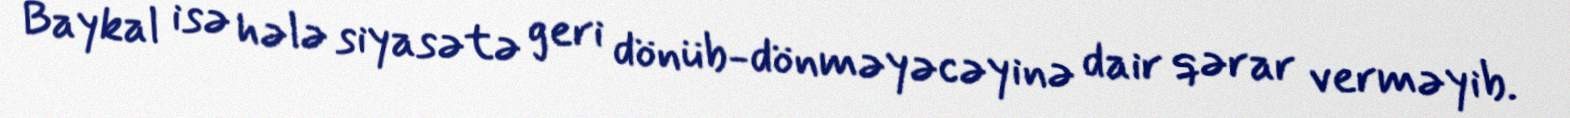
Baykal isə hələ siyasətə geri dönüb-dönməyəcəyinə dair qərar verməyib.